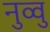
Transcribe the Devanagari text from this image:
नुव्वु